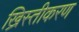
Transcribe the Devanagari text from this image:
ख्रिस्तीकरण